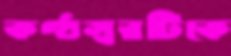
কণ্ঠস্বরটিকে